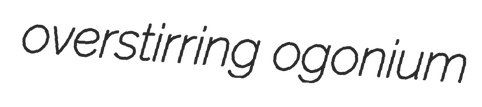
overstirring ogonium